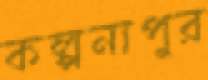
কল্পনাপুর